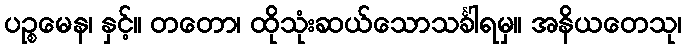
ပဉ္စမေန၊ နှင့်။ တတော၊ ထိုသုံးဆယ်သောသင်္ခါရမှ။ အနိယတေသု၊